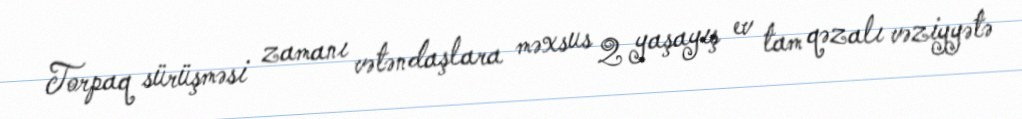
Torpaq sürüşməsi zamanı vətəndaşlara məxsus 2 yaşayış ev tam qəzalı vəziyyətə